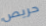
حريص